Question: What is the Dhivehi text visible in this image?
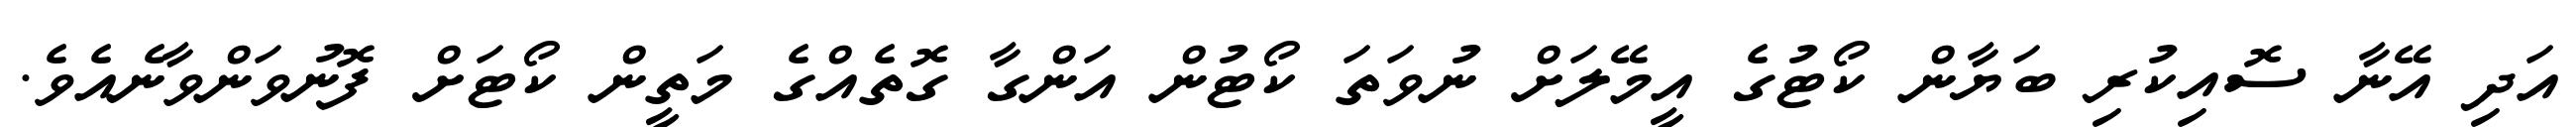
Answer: އަދި އޭނާ ސޮއިކުރި ބަޔާން ކޯޓުގެ އީމޭލަށް ނުވަތަ ކޯޓުން އަންގާ ގޮތެއްގެ މަތީން ކޯޓަށް ފޮނުވަންވާނެއެވެ.